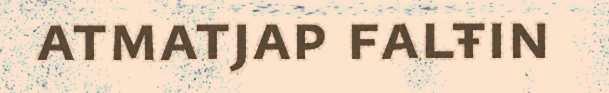
atmatjap falŧin